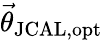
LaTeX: \vec{\theta}_{\mathrm{JCAL,opt}}